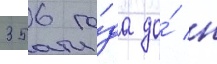
356 го́да до́ н